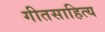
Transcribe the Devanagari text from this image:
गीतसाहित्य